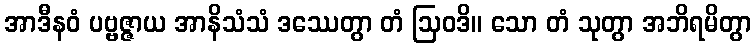
အာဒီနဝံ ပဗ္ဗဇ္ဇာယ အာနိသံသံ ဒဿေတွာ တံ ဩဝဒိ။ သော တံ သုတွာ အဘိရမိတွာ